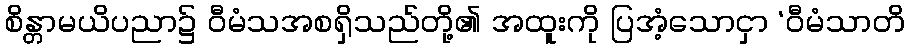
စိန္တာမယိပညာ၌ ဝီမံသအစရှိသည်တို့၏ အထူးကို ပြအံ့သောငှာ ‘ဝီမံသာတိ